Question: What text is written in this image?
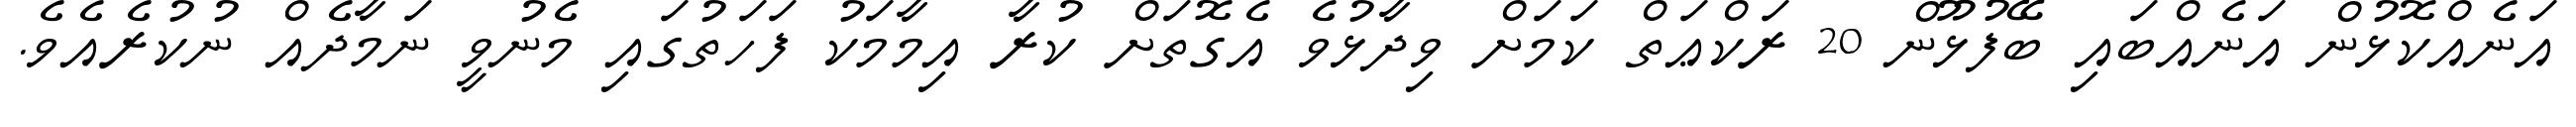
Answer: އަނެއްކޮޅުން އަނެއްބައި ބޭފުޅޫން 20 ރަކްޢަތް ކަމަށް ވިދާޅުވެ އެގޮތަށް ކުރާ އިމާމަކު ފަހަތުގައި މެނުވީ ނަމާދެއް ނުކުރެއެވެ.